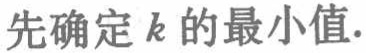
先确定 \(k\) 的最小值.